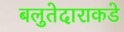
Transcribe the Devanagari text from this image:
बलुतेदाराकडे